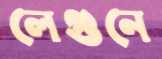
লেগুনে